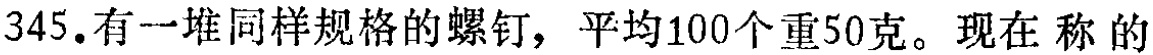
345.有一堆同样规格的螺钉，平均100个重50克。现在 称的